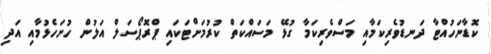
ކޮޑާނަހުއްޓާ ދަނޑުވެރިކަމާއި މަސްވެރިކަމާ ގުޅޭ މަސައްކަތް ކުރުމަށްޓަކައި ޕްރޮޕޯސަލް އަލުން ހުށަހެޅުމާއި އަދި